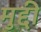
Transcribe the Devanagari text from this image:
मुद्दी